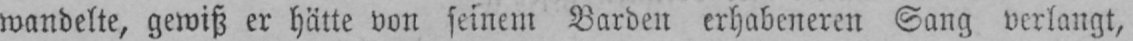
wandelte, gewiß er hätte von seinem Barden erhabeneren Sang verlangt,